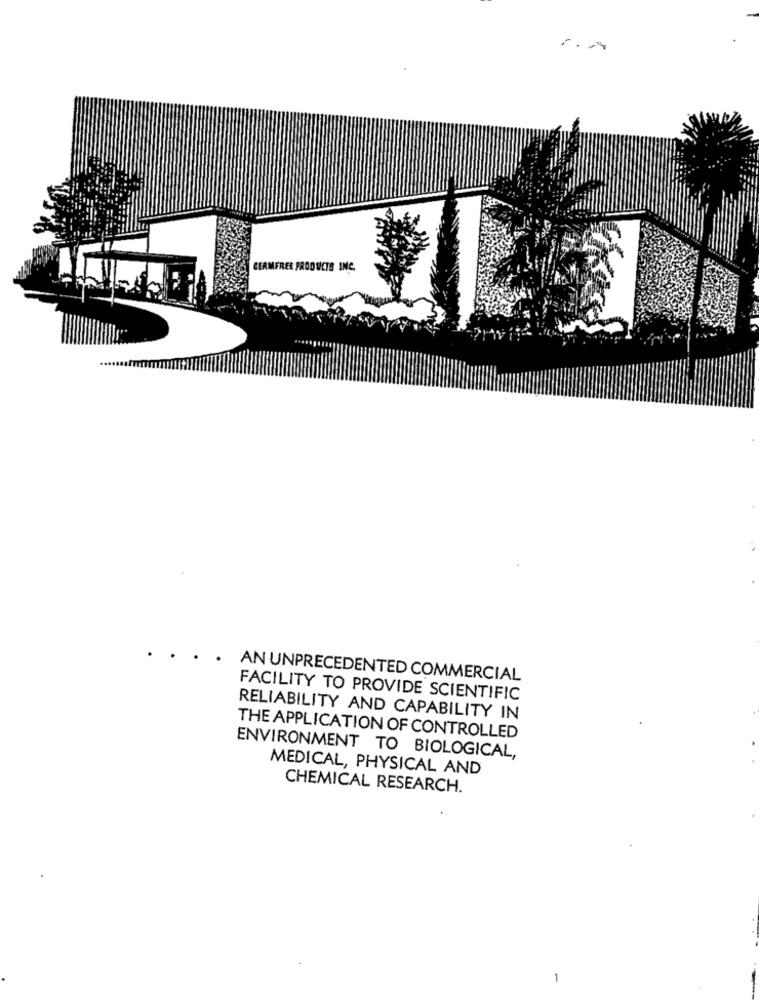
CERMFREE PRODUCTS INC.
AN UNPRECEDENTED COMMERCIAL
FACILITY TO PROVIDE SCIENTIFIC
RELIABILITY AND CAPABILITY IN
THE APPLICATION OF CONTROLLED
ENVIRONMENT TO BIOLOGICAL,
MEDICAL, PHYSICAL AND
CHEMICAL RESEARCH.